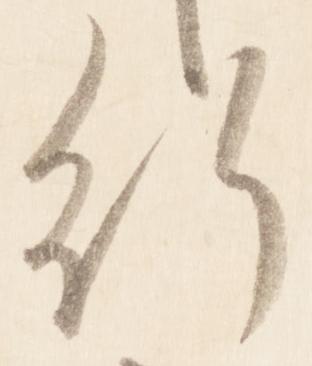
行